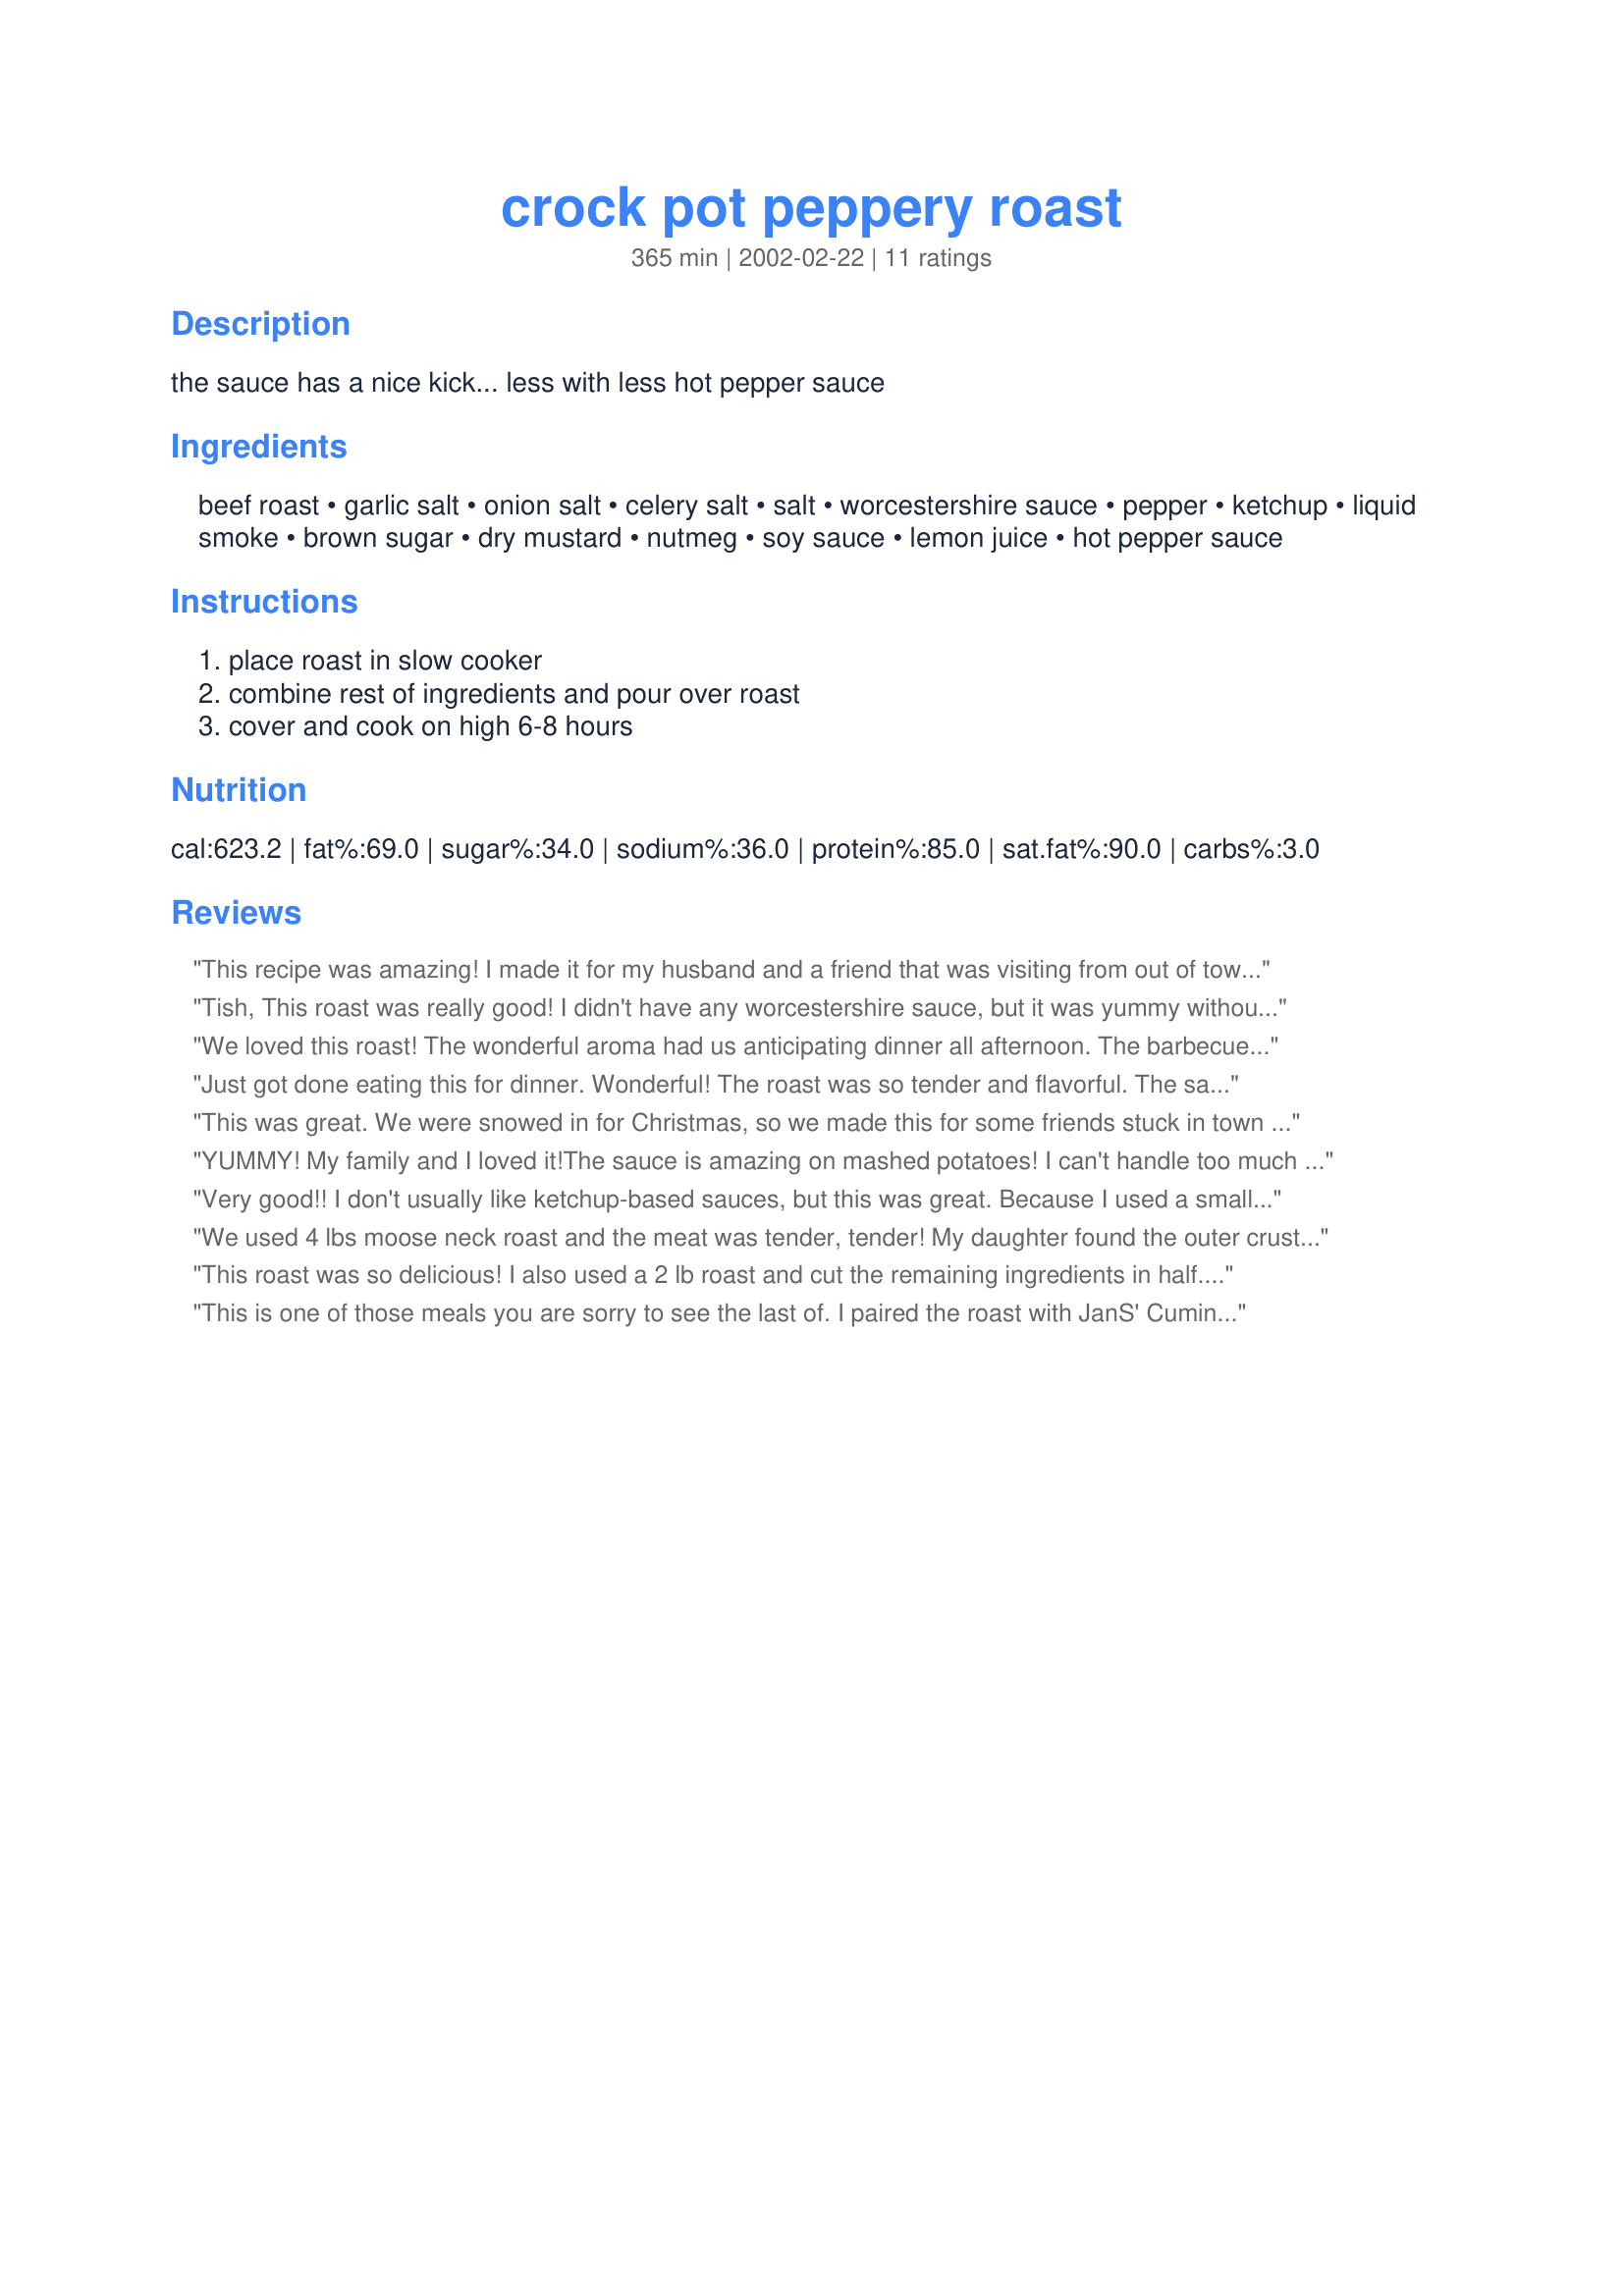
crock pot peppery roast
Preparation time: 365 minutes

the sauce has a nice kick... less with less hot pepper sauce

Ingredients:
beef roast, garlic salt, onion salt, celery salt, salt, worcestershire sauce, pepper, ketchup, liquid smoke, brown sugar, dry mustard, nutmeg, soy sauce, lemon juice, hot pepper sauce

Steps:
place roast in slow cooker, combine rest of ingredients and pour over roast, cover and cook on high 6-8 hours

Reviews:
This recipe was amazing! I made it for my husband and a friend that was visiting from out of town and they were both blown away. I did add more hot sauce though, we typically like everything rather spicy hahah... but it was fantastic and fell apart it was so tender. Thank you for sharing this recipe, I will definitely be using this again.
Tish, This roast was really good! I didn't have any worcestershire sauce, but it was yummy without it. My husband loved it! I will be making this again. Cooking in the crockpot is so much better than the oven with this hot weather! Thanks!
We loved this roast! The wonderful aroma had us anticipating dinner all afternoon. The barbecue sauce was one of the best I've tried and I may try it with other recipes in the future. The only changes I made were to use garlic powder and onion powder instead of the salt versions and did not add salt (trying to lower sodium as much as possible) and the flavor was still great! I cooked it on high for 4 hours and then low for 2 hours and that was plenty of time with a newer Rival crockpot. Thanks for posting!
Just got done eating this for dinner. Wonderful! The roast was so tender and flavorful. The sauce made an amazing gravy for mashed potatoes. This is a keeper!
This was great. We were snowed in for Christmas, so we made this for some friends stuck in town too. Everyone raved about it. I took some of the drippings with some beef stock and corn starch and made an amazing gravy. This will go on our rotation for sure. Easy and delicious!
YUMMY! My family and I loved it!The sauce is amazing on mashed potatoes! I can't handle too much spice, but this was not too spicy, it was very flavorful... just perfect... Thanks for sharing this one :)
Very good!! I don't usually like ketchup-based sauces, but this was great. Because I used a smaller roast (under 2 lbs), I halved the rest of the ingredients. I also turned my crockpot to low half-way through the cooktime, because I was worried it would dry out since it was such a small roast. Not to worry! It was so moist and falling apart...I almost couldn't get it out of the crockpot! Thanks for the recipe.
We used 4 lbs moose neck roast and the meat was tender, tender! My daughter found the outer crust a touch salty and I just realized we forgot to add the 1 1/2 tsp reg salt! But she didn't mind when we shredded the leftovers and reheated with bbq sauce for sandwiches. Perhaps the next time I will use garlic powder and onion powder instead of the salt version.
This roast was so delicious! I also used a 2 lb roast and cut the remaining ingredients in half. I added a little extra tobasco and it was wonderful. Thanks!
This is one of those meals you are sorry to see the last of. I paired the roast with JanS' Cumin Potatoes #36688 for some meals and Roxygirl in Colorado's Black Bean and Sweet Potato Burritos (shredded meat with bean mixture) for other meals. The flavor is good and the roast was very succulent. Thanks for sharing Tish.
Very nice sauce and the meat was tender. I threw in potatoes and carrots and found that I needed a bit more liquid so I added a bit of broth about half way through the cooking. A nice change from my usual pot roast.
